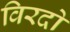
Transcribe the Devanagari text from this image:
विरदो